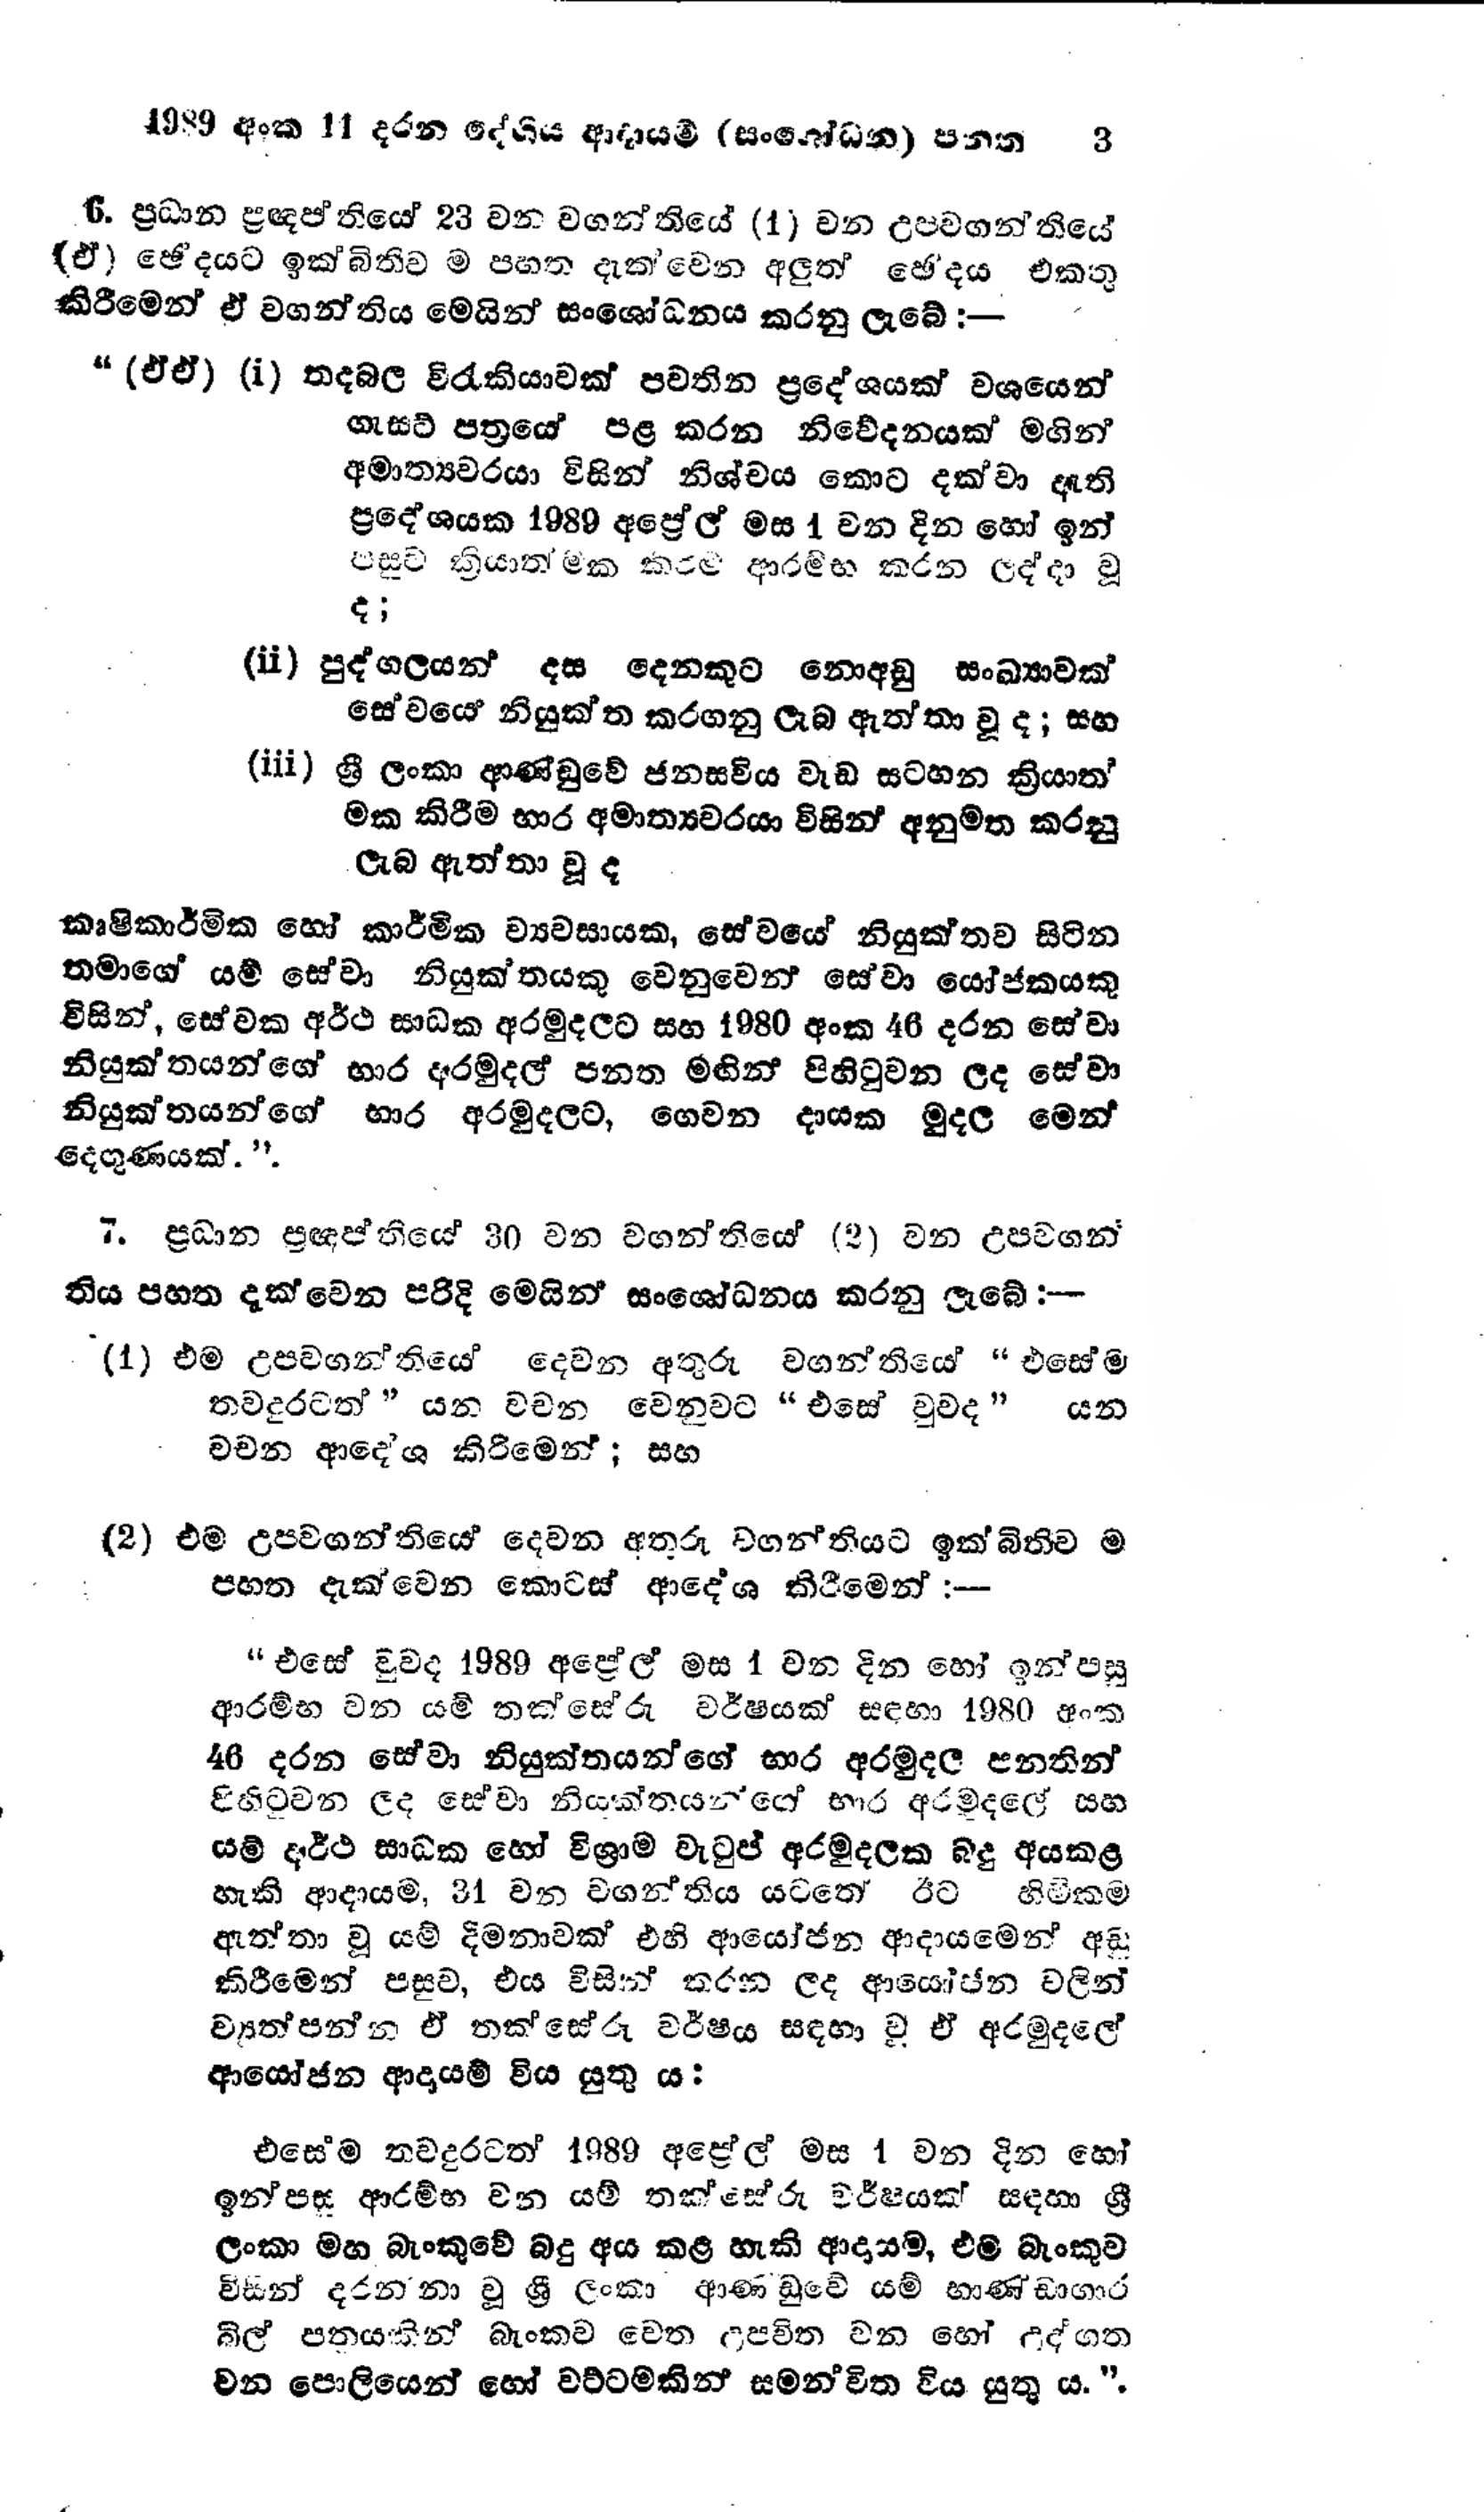
1989 අංක 11 දරන දේශීය ආදායම් (සංශෝධන) පන්ත 3

6. ප්‍රධාන ප්‍රඥප්තියේ 23 වන වගන්තියේ (1) වන උපවගන්තියේ
(ඒ) ඡේදයට ඉක්බිතිව ම පහත දැක්වෙන අලුත් ඡේදය එකතු
කිරීමෙන් ඒ වගන්තිය මෙයින් සංශෝධනය කරනු ලැබේ:-

"(ඒ ඒ) (i) තදබල විරැකියාවක් පවතින ප්‍රදේශයක් වශයෙන්
ගැසට් පත්‍රයේ පළ කරන නිවේදනයක් මගින්
අමාත්‍යවරයා විසින් නිශ්චය කොට දක්වා ඇති
ප්‍රදේශයක 1989 අප්‍රේල් මස 1 වන දින හෝ ඉන්
පසුව ක්‍රියාත්මක කිරම ආරම්භ කරන ලද්දා වූ
ද;

(i) පුද්ගලයන් දස දෙනකුට නොඅඩු සංඛ්‍යාවක්
සේවයෙ නියුක්ත කරගනු ලැබ ඇත්තා වූ ද; සහ

(iii) ශ්‍රී ලංකා ආණ්ඩුවේ ජනසවිය වැඩ සටහන ක්‍රියාත්
මක කිරීම භාර අමාත්‍යවරයා විසින් අනුමත කරනු
ලැබ ඇත්තා වූ ද

කෘෂිකාර්මික හෝ කාර්මික ව්‍යවසායක, සේවයේ නියුක්තව සිටින
තමාගේ යම් සේවා නියුක්තයකු වෙනුවෙන් සේවා යෝජකයකු
විසින්, සේවක අර්ථ සාධක අරමුදලට සහ 1980 අංක 46 දරන සේවා
නියුක්තයන්ගේ භාර අරමුදල් පනත මඟින් පිහිටුවන ලද සේවා
නියුක්තයන්ගේ භාර අරමුදලට, ගෙවන දායක මුදල මෙන්
දෙගුණයක්.".

7. ප්‍රධාන ප්‍රඥප්තියේ 30 වන වගන්තියේ (2) වන උපවගන්
තිය පහත දැක්වෙන පරිදි මෙයින් සංශෝධනය කරනු ලැබේ :-

(1) එම උපවගන්තියේ දෙවන අතුරු වගන්තියේ "එසේ ම
තවදුරටත් " යන වචන වෙනුවට " එසේ වුවද " යන
වචන ආදේශ කිරිමෙන්; සහ

(2) එම උපවගන්තියේ දෙවන අතුරු වගන්තියට ඉක්බිතිව ම
පහත දැක්වෙන කොටස් ආදේශ කිරීමෙන් :-

" එසේ වුවද 1989 අප්‍රේල් මස 1 වන දින හෝ ඉන්පසු
ආරම්භ වන යම් තක්සේරු වර්ෂයක් සඳහා 1980 අංක
46 දරන සේවා නියුක්තයන්ගේ භාර අරමුදල පනතින්
පිහිටුවන ලද සේවා නියුක්තයන්ගේ භාර අරමුදලේ සහ
යම් අර්ථ සාධක හෝ විශ්‍රාම වැටුප් අරමුදලක බදු අය කළ
හැකි ආදායම, 31 වන වගන්තිය යටතේ ඊට හිමිකම
ඇත්තා වූ යම් දීමනාවක් එහි ආයෝජන ආදායමෙන් අඩු
කිරීමෙන් පසුව, එය විසින් කරන ලද ආයෝජන වලින්
ව්‍යුත්පන්න ඒ තක්සේරු වර්ෂය සඳහා වූ ඒ අරමුදලේ
ආයෝජන ආදායම් විය යුතු ය.

එසේම තව දුරටත් 1989 අප්‍රේල් මස 1 වන දින හෝ
ඉන්පසු ආරම්භ වන යම් තක්සේරු වර්ෂයක් සඳහා ශ්‍රී
ලංකා මහ බැංකුවේ බදු අය කළ හැකි ආදායම, එම බැංකුව
විසින් දරනනා වූ ශ්‍රී ලංකා ආණඩුවේ යම් භාණ්ඩාගාර
බිල් පතයකින් බැංකුව වෙත උපවිත වන හෝ උද්ගත
වන පොලියෙන් හෝ වට්ටමකින් සමන්විත විය යුතු ය.".